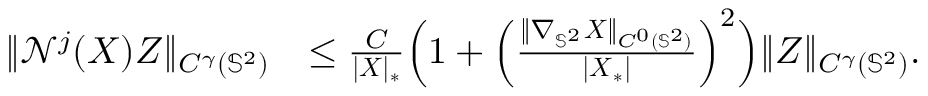
\begin{array} { r l } { \| \mathcal { N } ^ { j } ( \boldsymbol { X } ) Z \| _ { C ^ { \gamma } ( \mathbb { S } ^ { 2 } ) } } & { \leq \frac { C } { | \boldsymbol { X } | _ { * } } \Big ( 1 + \Big ( \frac { \| \nabla _ { \mathbb { S } ^ { 2 } } \boldsymbol { X } \| _ { C ^ { 0 } ( \mathbb { S } ^ { 2 } ) } } { | \boldsymbol { X } _ { * } | } \Big ) ^ { 2 } \Big ) \| Z \| _ { C ^ { \gamma } ( \mathbb { S } ^ { 2 } ) } . } \end{array}